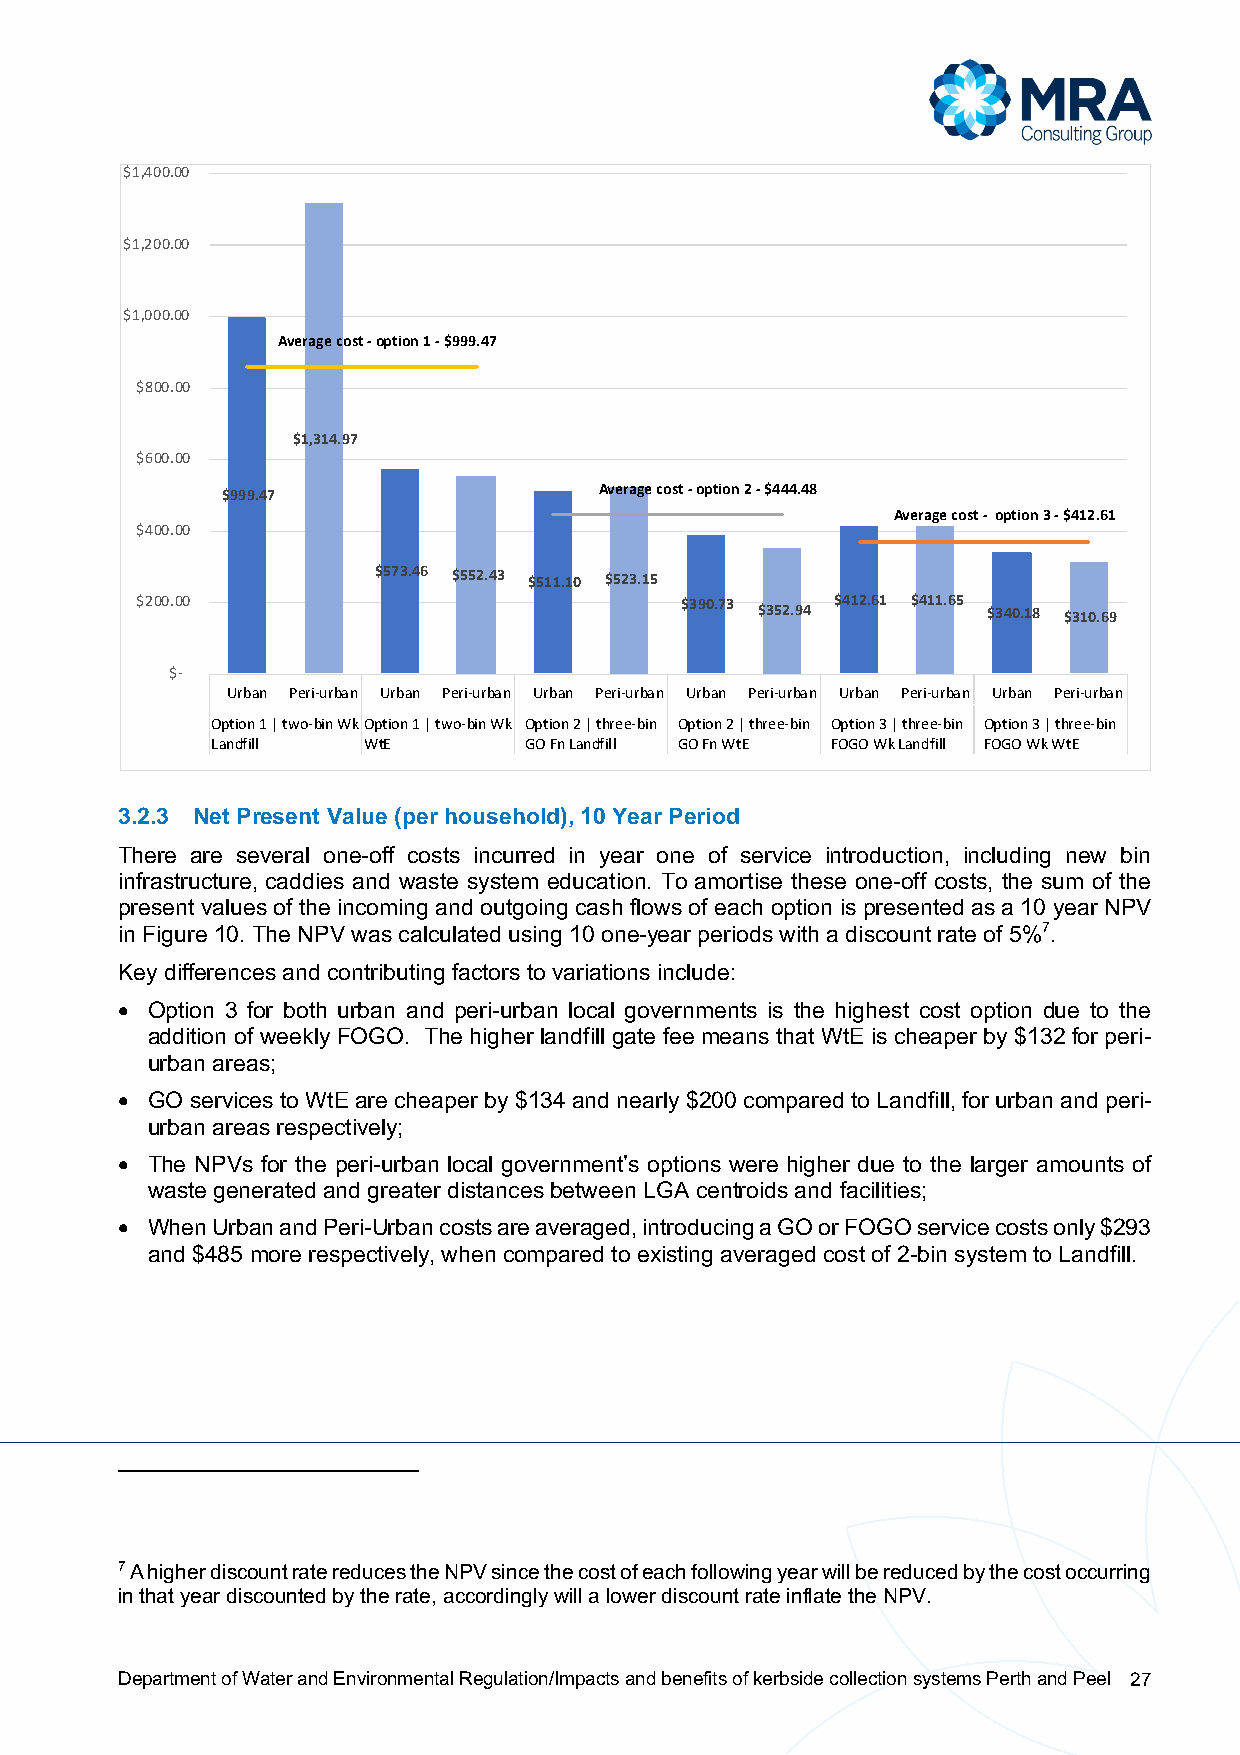
$1,400.00
 $1,200.00
 $1,000.00
 Average cost -option 1 -$999.47
 $800.00
 $1,314.97
 $600.00
 $999.47                  Average cost -option 2 -$444.48
 Average cost - option 3 -$412.61
 $400.00
 $573.46 $552.43 $511.10 $523.15
 $200.00                             $390.73 $352.94 $412.61 $411.65 $340.18 $310.69
 $-
 Urban Peri-urban Urban Peri-urban Urban Peri-urban Urban Peri-urban Urban Peri-urban Urban Peri-urban
 Option 1 | two-bin WkOption 1 | two-bin Wk Option 2 | three-bin Option 2 | three-bin Option 3 | three-bin Option 3 | three-bin
 Landfill  WtE        GO Fn Landfill GO Fn WtE FOGO Wk Landfill FOGO Wk WtE
 3.2.3 Net Present Value (per household), 10 Year Period
 There are several one-off costs incurred in year one of service introduction, including new bin
 infrastructure, caddies and waste system education. To amortise these one-off costs, the sum of the
 present values of the incoming and outgoing cash flows of each option is presented as a 10 year NPV
 in Figure 10. The NPV was calculated using 10 one-year periods with a discount rate of 5%7.
 Key differences and contributing factors to variations include:
 • Option 3 for both urban and peri-urban local governments is the highest cost option due to the
 addition of weekly FOGO. The higher landfill gate fee means that WtE is cheaper by $132 for peri-
 urban areas;
 • GO services to WtE are cheaper by $134 and nearly $200 compared to Landfill, for urban and peri-
 urban areas respectively;
 • The NPVs for the peri-urban local government’s options were higher due to the larger amounts of
 waste generated and greater distances between LGA centroids and facilities;
 • When Urban and Peri-Urban costs are averaged, introducing a GO or FOGO service costs only $293
 and $485 more respectively, when compared to existing averaged cost of 2-bin system to Landfill.
 7 A higher discount rate reduces the NPV since the cost of each following year will be reduced by the cost occurring
 in that year discounted by the rate, accordingly will a lower discount rate inflate the NPV.
 Department of Water and Environmental Regulation/Impacts and benefits of kerbside collection systems Perth and Peel 27